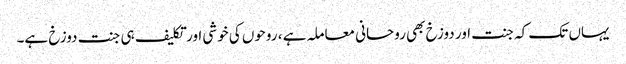
یہاں تک کہ جنت اور دوزخ بھی روحانی معاملہ ہے ، روحوں کی خوشی اور تکلیف ہی جنت دوزخ ہے۔